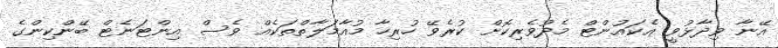
އޭނާ ވިދާޅުވީ އެކައުންޓް މެދުވެރިކޮށް ކުރެވޭ ހުރިހާ މުއާމަލާތްތަކެއް ވެސް އިންޓަނެޓް ބޭންކިންގެ